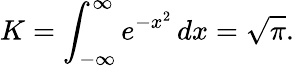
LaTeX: K=\int_{-\infty}^{\infty}e^{-x^{2}}\, dx={\sqrt{\pi}}.